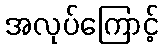
အလုပ်ကြောင့်